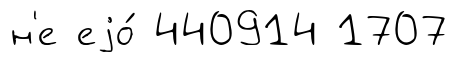
н'е еjо́ 440914 1707